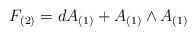
LaTeX: \begin{align*}F_{(2)} = dA_{(1)} + A_{(1)} \wedge A_{(1)}\end{align*}